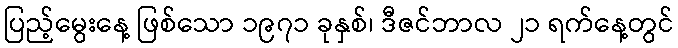
ပြည့်မွေးနေ့ ဖြစ်သော ၁၉၇၁ ခုနှစ်၊ ဒီဇင်ဘာလ ၂၁ ရက်နေ့တွင်